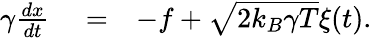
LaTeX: \begin{array}{rlr}{\gamma{\frac{dx}{dt}}}&{{}=}&{-f+\sqrt{2k_{B}\gamma T}\xi(t).}\end{array}